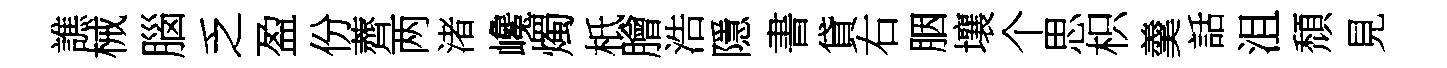
譙械腦乏盈份薺两渚巉燭柢膾浩隱書貸右胭壤个思枳羹話沮頹見